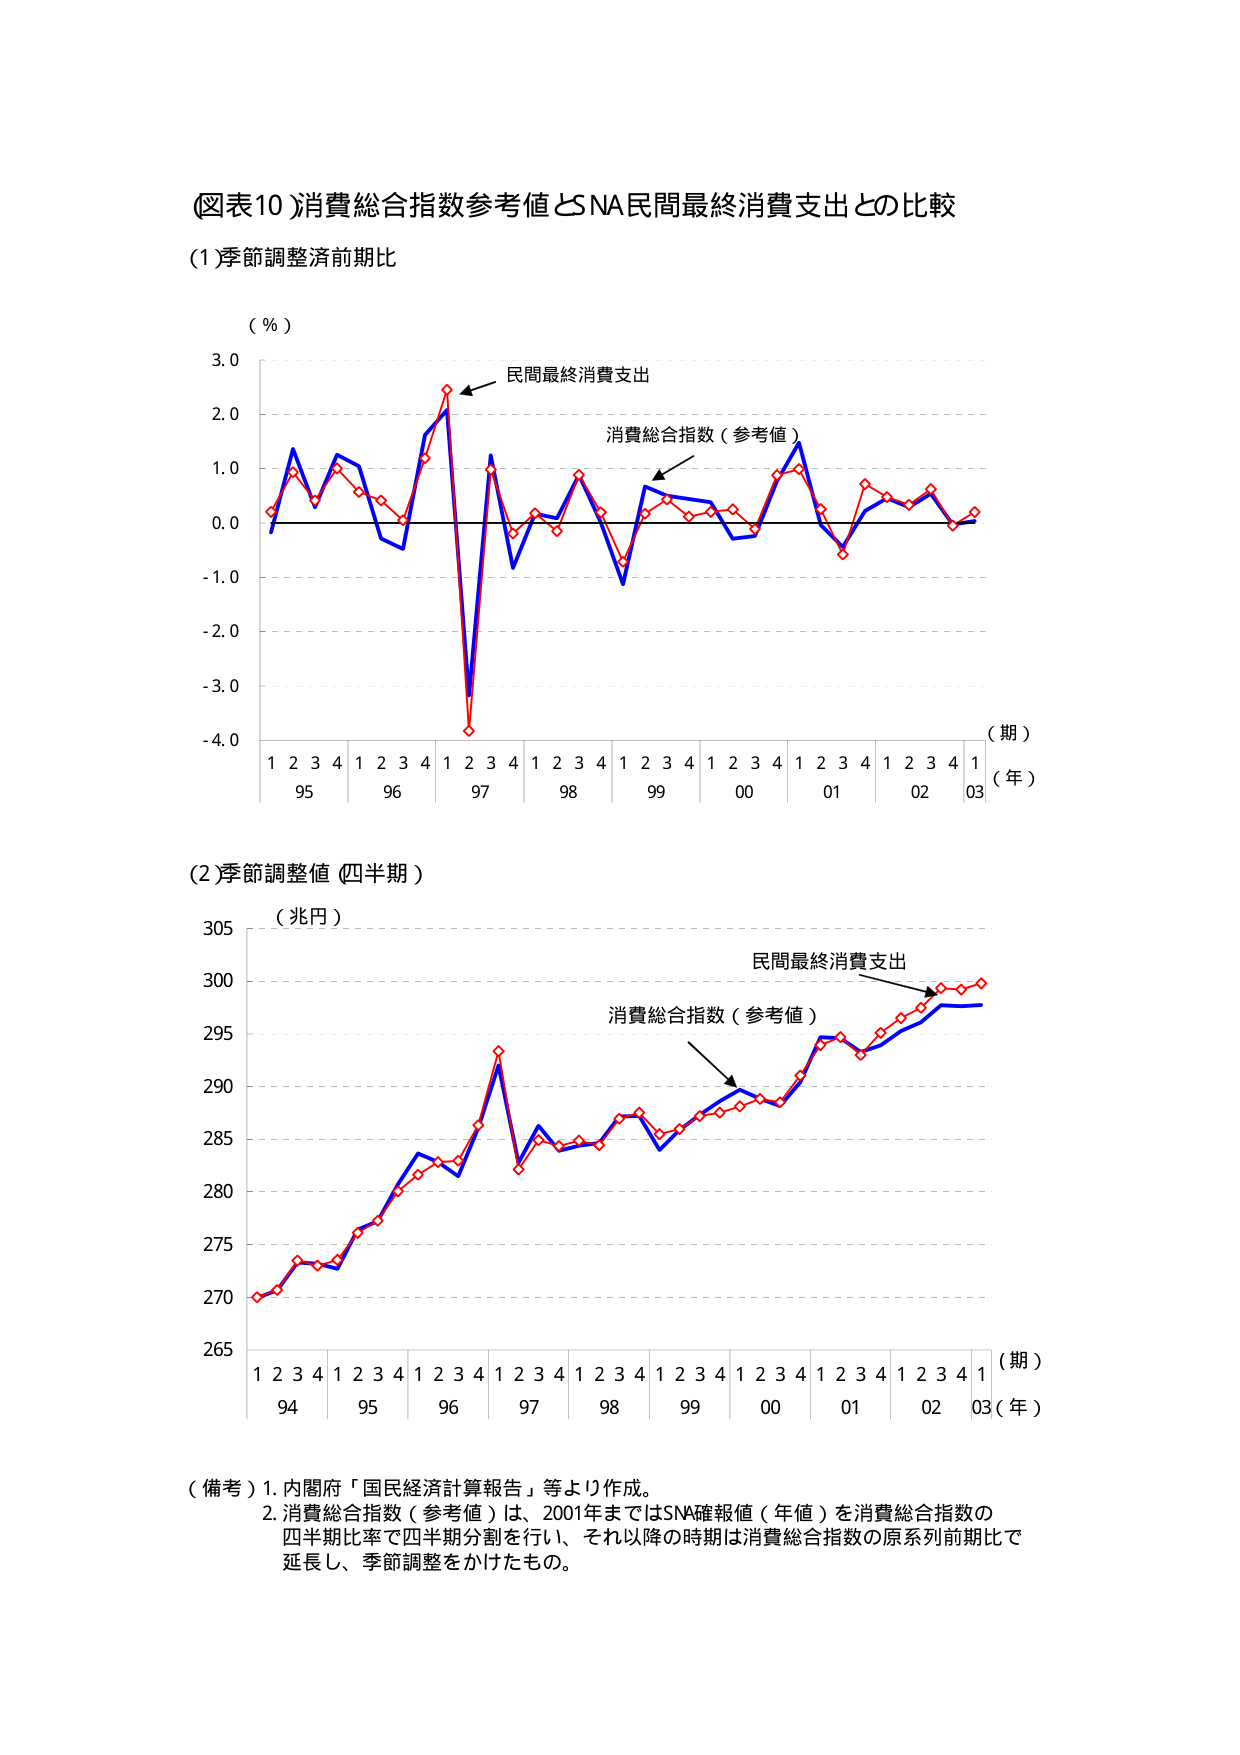
(図表10)消費総合指数参考値とSNA民間最終消費支出との比較
(1)季節調整済前期比
(％)
3.0
2.0
1.0
0.0
-1.0
-2.0
-3.0
-4.0
民間最終消費支出
消費総合指数（参考値）
（期）
1 2 3 4 1 2 3 4 1 2 3 4 1 2 3 4 1 2 3 4 1 2 3 4 1 2 3 4 1
95 96 97 98 99 00 01 02 03（年）
(2)季節調整値（四半期）
（兆円）
305
300
295
290
285
280
275
270
265
民間最終消費支出
消費総合指数（参考値）
（期）
1 2 3 4 1 2 3 4 1 2 3 4 1 2 3 4 1 2 3 4 1 2 3 4 1 2 3 4 1
94 95 96 97 98 99 00 01 02 03（年）
（備考）1. 内閣府「国民経済計算報告」等より作成。
2. 消費総合指数（参考値）は、2001年まではSNA確報値（年値）を消費総合指数の
四半期比率で四半期分割を行い、それ以降の時期は消費総合指数の原系列前期比で
延長し、季節調整をかけたもの。